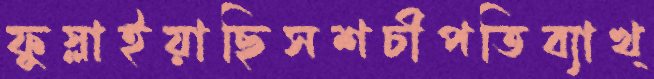
ফুস্‌লাইয়াছিসশচীপতিব্যাখ্